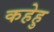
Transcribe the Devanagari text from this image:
कहेहु